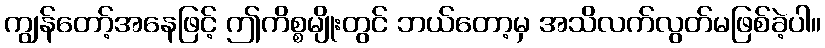
ကျွန်တော့်အနေဖြင့် ဤကိစ္စမျိုးတွင် ဘယ်တော့မှ အသိလက်လွတ်မဖြစ်ခဲ့ပါ။